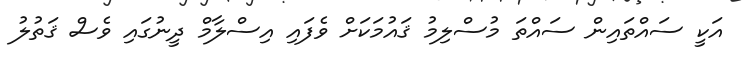
އަކީ ސައްތައިން ސައްތަ މުސްލިމު ޤައުމަކަށް ވެފައި އިސްލާމް ދީނުގައި ވެސް ޤަތުލު